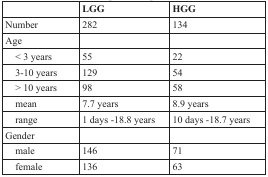
<table><thead><tr><td></td><td><b>LGG</b></td><td><b>HGG</b></td></tr></thead><tbody><tr><td>Number</td><td>282</td><td>134</td></tr><tr><td>Age</td><td></td><td></td></tr><tr><td> &lt; 3 years</td><td>55</td><td>22</td></tr><tr><td> 3-10 years</td><td>129</td><td>54</td></tr><tr><td> &gt; 10 years</td><td>98</td><td>58</td></tr><tr><td> mean</td><td>7.7 years</td><td>8.9 years</td></tr><tr><td> range</td><td>1 days −18.8 years</td><td>10 days −18.7 years</td></tr><tr><td>Gender</td><td></td><td></td></tr><tr><td> male</td><td>146</td><td>71</td></tr><tr><td> female</td><td>136</td><td>63</td></tr></tbody></table>